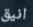
انيق